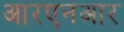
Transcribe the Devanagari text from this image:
आरएनआर